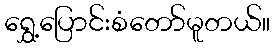
ရွှေ့ပြောင်းစံတော်မူတယ်။